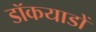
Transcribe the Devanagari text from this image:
डॉकयाडों